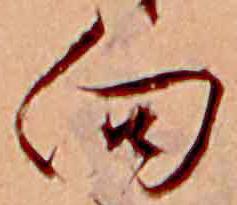
向